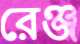
রেঞ্জ